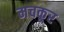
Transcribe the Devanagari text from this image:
मचकूर